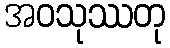
အဝသုဿတု